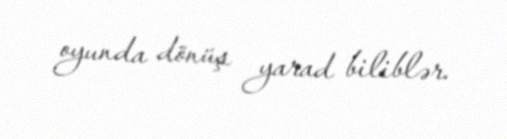
oyunda dönüş yarad biliblər.